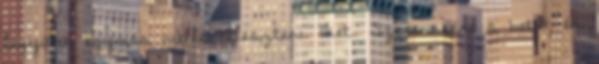
legyünk egymás mellé illeszteni őket. Szerencsére a betű- és